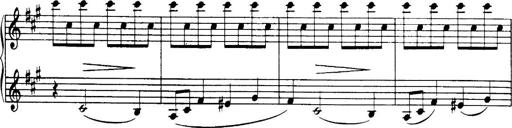
Title: 3 Sonatinas, Op.67
Composer: Jean Sibelius